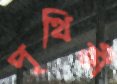
পৃথিভী